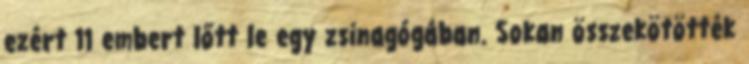
ezért 11 embert lőtt le egy zsinagógában. Sokan összekötötték